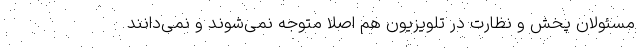
مسئولان پخش و نظارت در تلویزیون هم اصلا متوجه نمی‌شوند و ‌نمی‌دانند